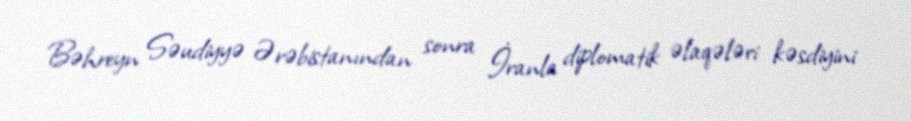
Bəhreyn Səudiyyə Ərəbistanından sonra İranla diplomatik əlaqələri kəsdiyini